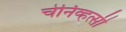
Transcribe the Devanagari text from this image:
चेर्निव्हत्सी